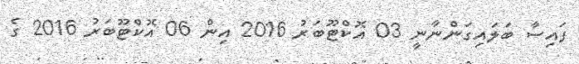
ފައިސާ ބަލައިގަންނާނީ 03 އޮކްޓޫބަރު 2016 އިން 06 އޮކްޓޫބަރު 2016 ގެ